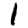
Digit: 1